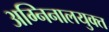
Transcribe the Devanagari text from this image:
अग्निनालयुक्त